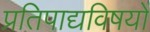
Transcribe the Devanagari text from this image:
प्रतिपाद्यविषयों